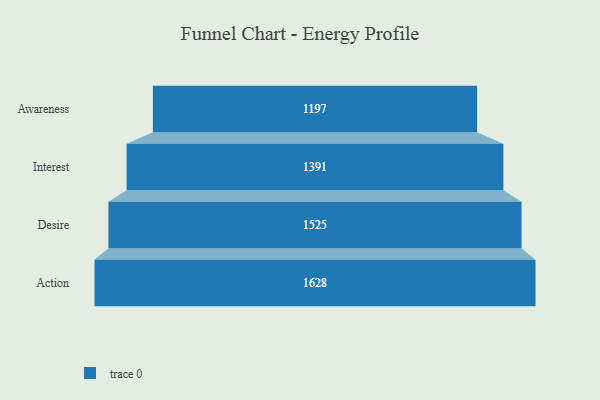
{"axis": {"x": "Stage", "y": "Value"}, "legend": [""], "data": [{"x": "Awareness", "y": 1197.0, "type": ""}, {"x": "Interest", "y": 1391.0, "type": ""}, {"x": "Desire", "y": 1525.0, "type": ""}, {"x": "Action", "y": 1628.0, "type": ""}]}